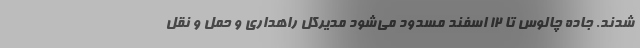
شدند. جاده چالوس تا ۱۲ اسفند مسدود می‌شود مدیرکل راهداری و حمل و نقل